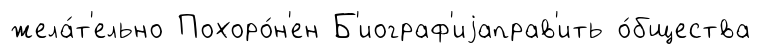
жела́т'ельно Похоро́н'ен Б'иограф'иjаправ'ить о́бщества